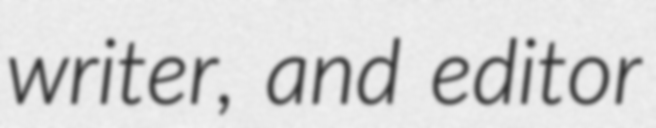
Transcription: writer, and editor